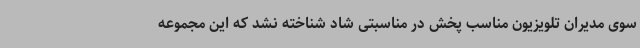
سوی مدیران تلویزیون مناسب پخش در مناسبتی شاد شناخته نشد که این مجموعه